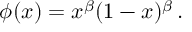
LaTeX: \phi ( x ) = x ^ { \beta } ( 1 - x ) ^ { \beta } \, .